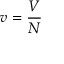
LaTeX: v = { \frac { V } { N } }